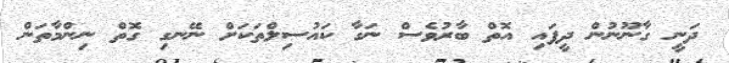
ދަނީ ގާނޫނުން ދީފައި އޮތް ބާރުވެސް ނަގާ ކައުސިލްތަކަށް ނޭނގި ގޮތް ނިންމާތަން